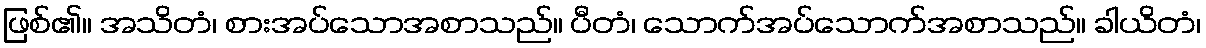
ဖြစ်၏။ အသိတံ၊ စားအပ်သောအစာသည်။ ပီတံ၊ သောက်အပ်သောက်အစာသည်။ ခါယိတံ၊